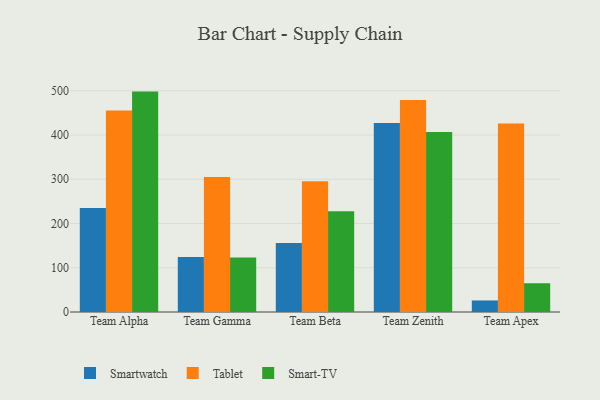
{"axis": {"x": "Team", "y": "Conversion Rate (%)"}, "legend": ["Smart-TV", "Smartwatch", "Tablet"], "data": [{"x": "Team Alpha", "y": 235.2, "type": "Smartwatch"}, {"x": "Team Alpha", "y": 455.5, "type": "Tablet"}, {"x": "Team Alpha", "y": 498.2, "type": "Smart-TV"}, {"x": "Team Gamma", "y": 124.2, "type": "Smartwatch"}, {"x": "Team Gamma", "y": 305.2, "type": "Tablet"}, {"x": "Team Gamma", "y": 123.0, "type": "Smart-TV"}, {"x": "Team Beta", "y": 155.9, "type": "Smartwatch"}, {"x": "Team Beta", "y": 295.6, "type": "Tablet"}, {"x": "Team Beta", "y": 228.0, "type": "Smart-TV"}, {"x": "Team Zenith", "y": 427.1, "type": "Smartwatch"}, {"x": "Team Zenith", "y": 479.0, "type": "Tablet"}, {"x": "Team Zenith", "y": 407.1, "type": "Smart-TV"}, {"x": "Team Apex", "y": 26.1, "type": "Smartwatch"}, {"x": "Team Apex", "y": 425.9, "type": "Tablet"}, {"x": "Team Apex", "y": 65.0, "type": "Smart-TV"}]}